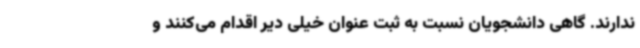
ندارند. گاهی دانشجویان نسبت به ثبت عنوان خیلی دیر اقدام می‌کنند و